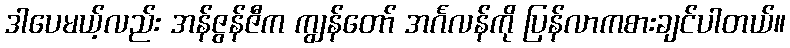
ဒါပေမယ့်လည်း အန်ဇွန်ဇီက ကျွန်တော် အင်္ဂလန်ကို ပြန်လာကစားချင်ပါတယ်။